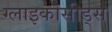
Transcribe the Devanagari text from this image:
ग्लाइकोसीड्स